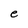
Character: e